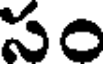
సం